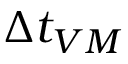
\Delta t _ { V M }